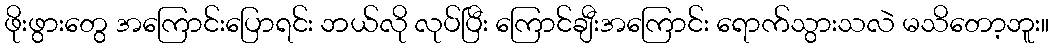
ဖိုးဖွားတွေ အကြောင်းပြောရင်း ဘယ်လို လုပ်ပြီး ကြောင်ချီးအကြောင်း ရောက်သွားသလဲ မသိတော့ဘူး။